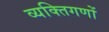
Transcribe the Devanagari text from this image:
व्यक्तिगणों